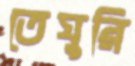
তেঘুরি